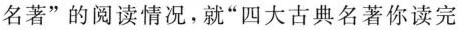
名著”的阅读情况，就”四大古典名著你读完